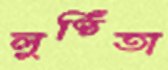
লুণ্ঠিতা